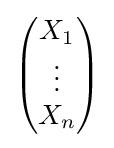
{\begin{pmatrix}X_{1}\\\vdots \\X_{n}\end{pmatrix}}